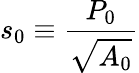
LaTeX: s_{0}\equiv\frac{P_{0}}{\sqrt{A_{0}}}